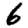
Digit: 6